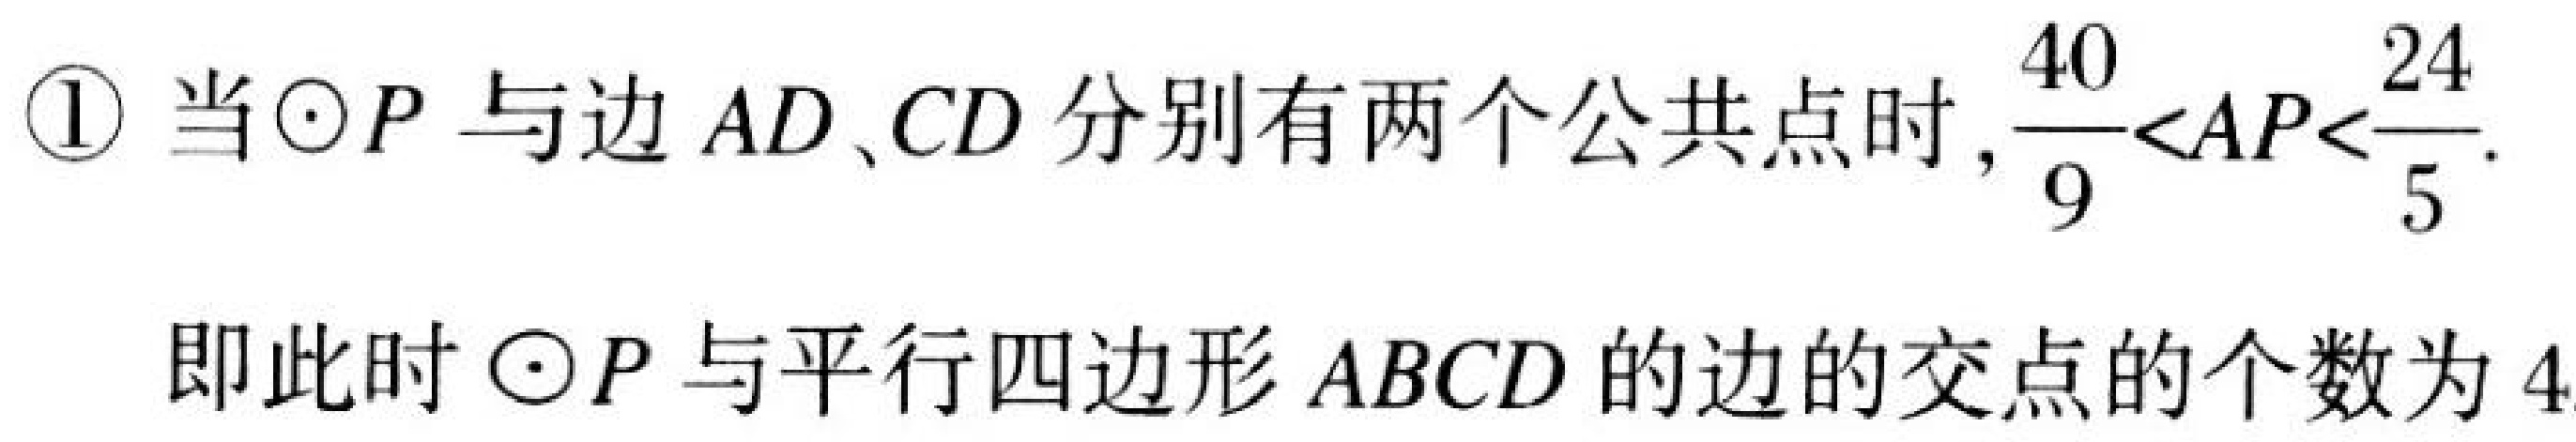
\textcircled{1} 当\(\odot P\)与边\(AD\)、\(CD\)分别有两个公共点时,\(\frac{40}{9}<AP<\frac{24}{5}\).
即此时\(\odot P\)与平行四边形 \(ABCD\)的边的交点的个数为 \(4\)